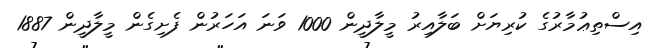
އިސްތިޢުމާރުގެ ކުރިޔަށް ބަލާއިރު މީލާދީން 1000 ވަނަ އަހަރުން ފެށިގެން މީލާދީން 1887